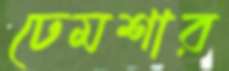
ঢেমশার